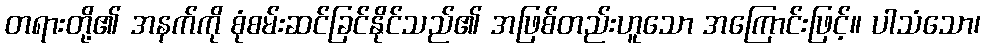
တရားတို့၏ အနက်ကို စုံစမ်းဆင်ခြင်နိုင်သည်၏ အဖြစ်တည်းဟူသော အကြောင်းဖြင့်။ ပါသံသော၊